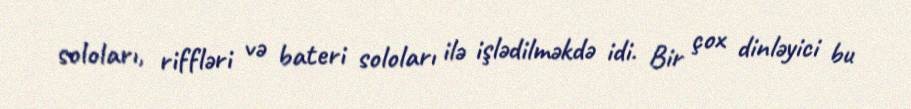
soloları, riffləri və bateri soloları ilə işlədilməkdə idi. Bir çox dinləyici bu